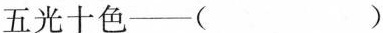
五光十色——（ ）